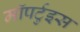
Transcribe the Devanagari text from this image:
मॉपर्टुइस